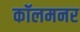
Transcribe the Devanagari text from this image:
कॉलमनर